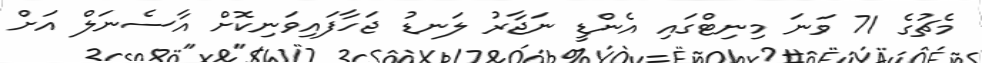
މެޗުގެ 71 ވަނަ މިނިޓްގައި އެންޑީ ނަޖާރު ލަނޑު ޖަހާފައިވަނިކޮށް އާސެނަލް އަށް